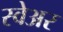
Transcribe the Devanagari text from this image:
स्वेअर